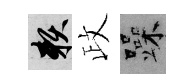
賴政躁